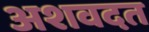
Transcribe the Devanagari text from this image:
अशवदत